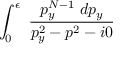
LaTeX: \int _ { 0 } ^ { \epsilon } ~ \frac { p _ { y } ^ { N - 1 } ~ d p _ { y } } { p _ { y } ^ { 2 } - p ^ { 2 } - i 0 }